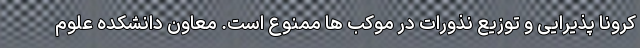
کرونا پذیرایی و توزیع نذورات در موکب ها ممنوع است. معاون دانشکده علوم